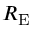
R _ { \mathrm { E } }